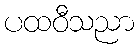
ပထဝီသညာ